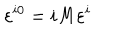
\varepsilon ^ { i 0 } = i M \varepsilon ^ { i }